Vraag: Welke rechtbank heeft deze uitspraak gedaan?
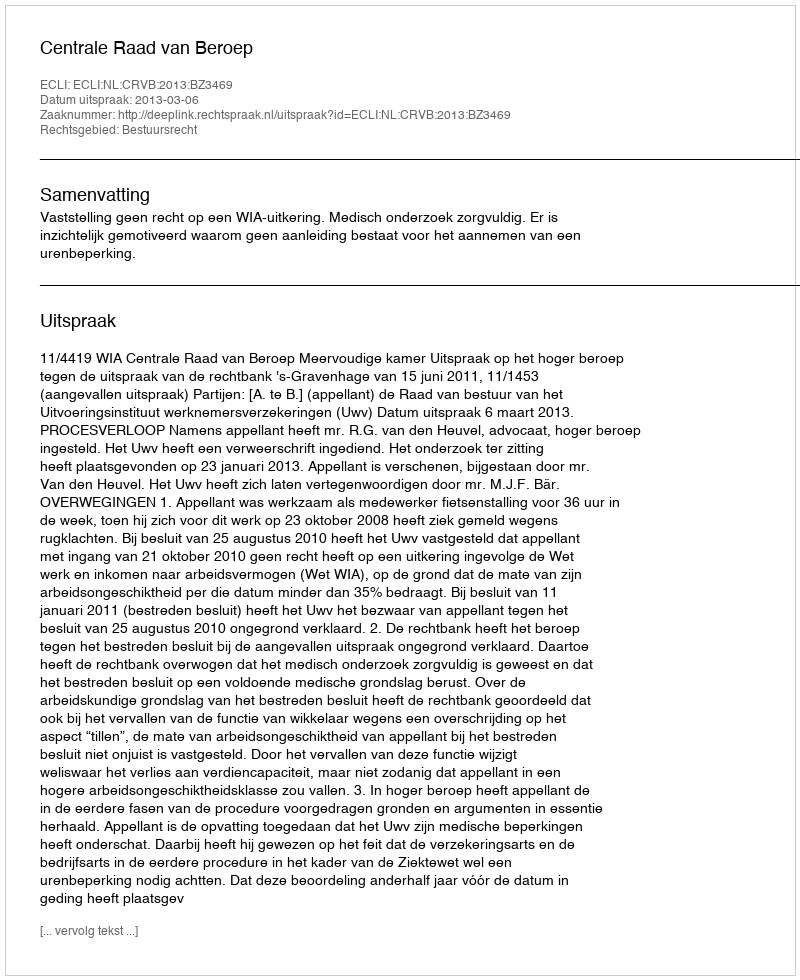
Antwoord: Centrale Raad van Beroep